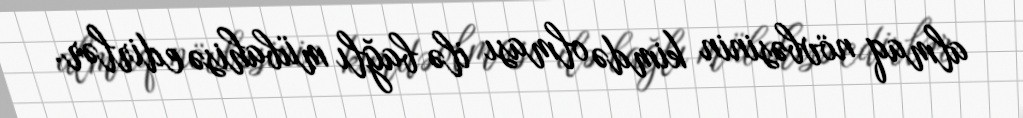
almaq növbəsinin kimdə olması ilə bağlı mübahisə edirlər.